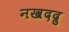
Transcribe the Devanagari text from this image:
नखदद्रु